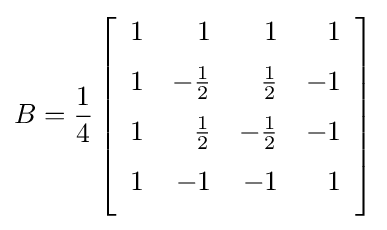
B={1 \over 4}\left[{\begin{array}{rrrr}1&1&1&1\\[6pt]1&-{1 \over 2}&{1 \over 2}&-1\\[6pt]1&{1 \over 2}&-{1 \over 2}&-1\\[6pt]1&-1&-1&1\\[6pt]\end{array}}\right]